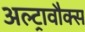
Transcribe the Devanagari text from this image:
अल्ट्रावौक्स